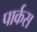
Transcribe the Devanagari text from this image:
पार्कस